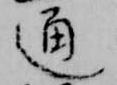
通